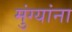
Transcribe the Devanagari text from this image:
मुंग्यांना